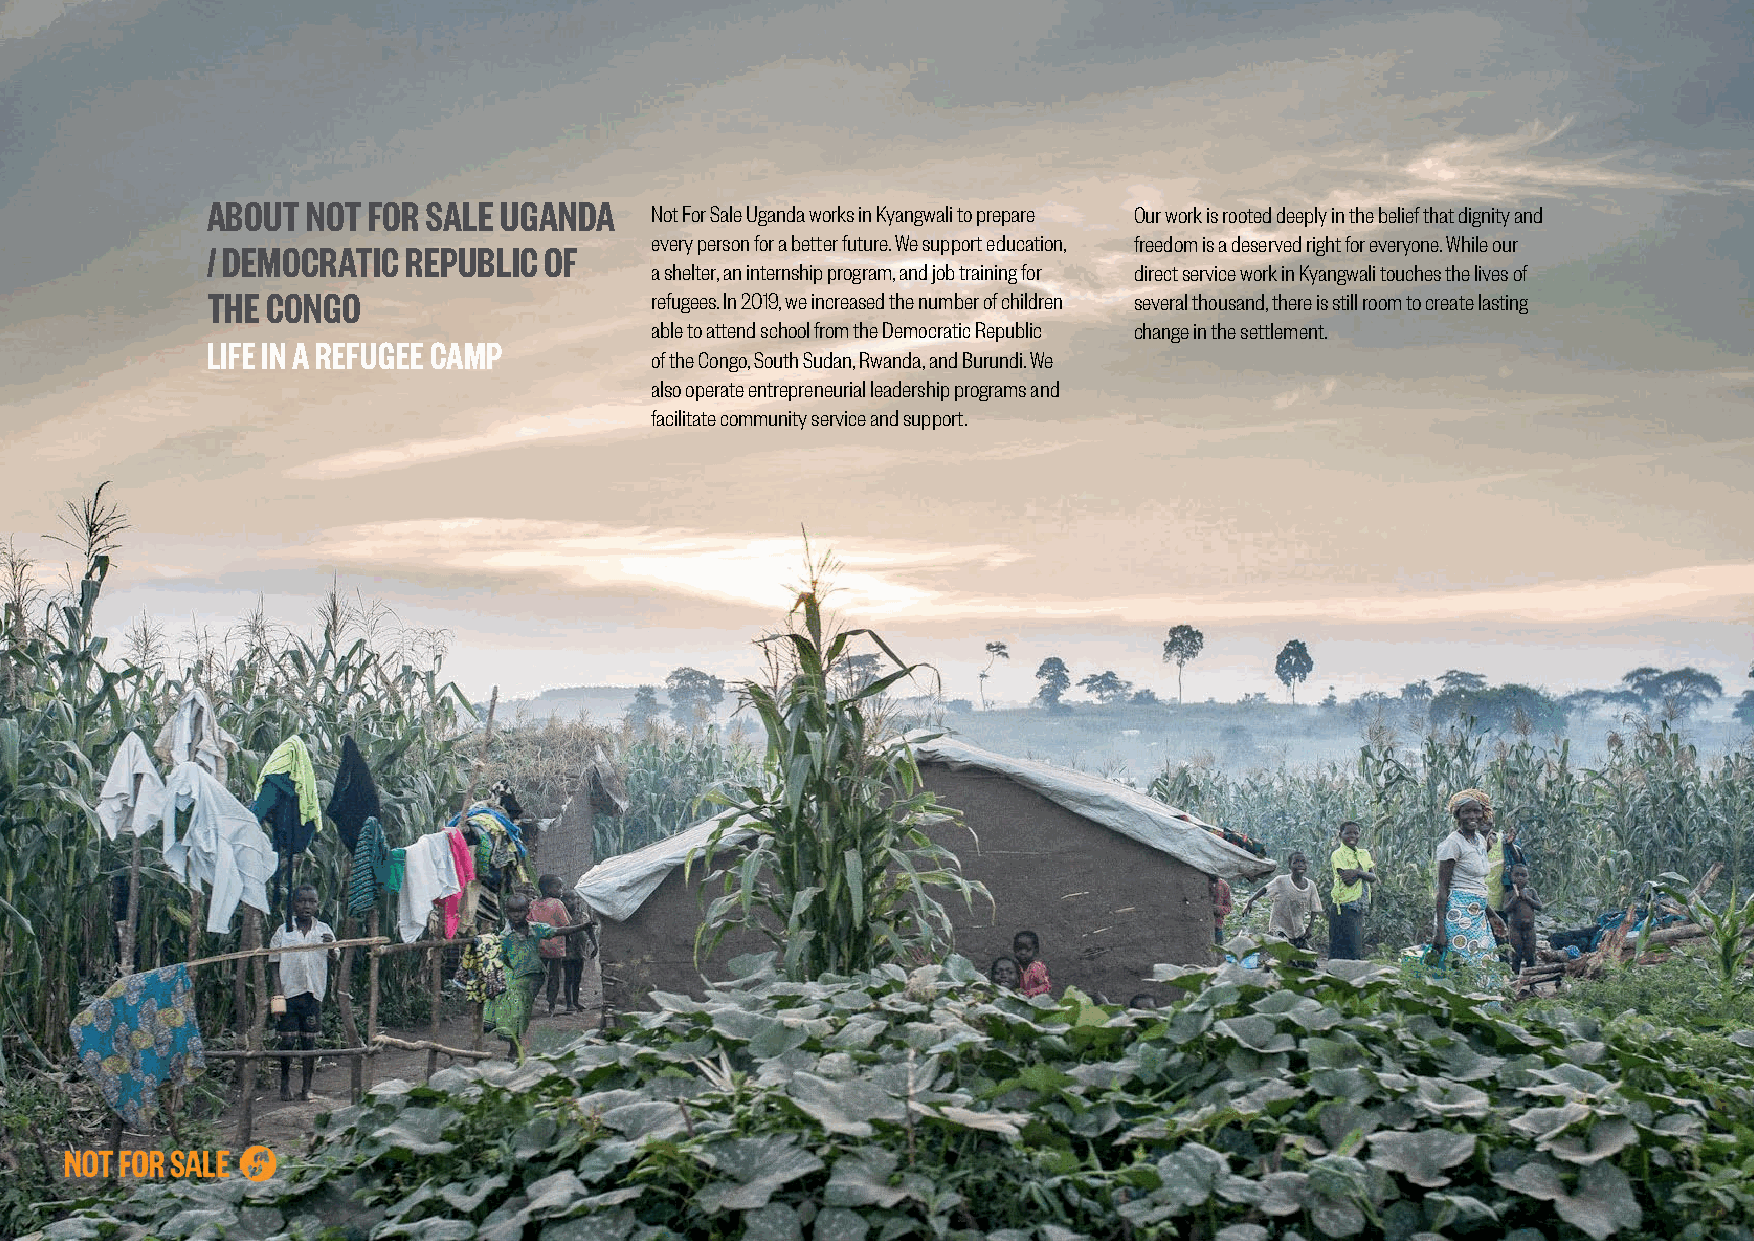
ABOUT NOT FOR SALE UGANDA
 Not For Sale Uganda works in Kyangwali to prepare Our work is rooted deeply in the belief that dignity and
 every person for a better future. We support education, freedom is a deserved right for everyone. While our
 / DEMOCRATIC REPUBLIC OF
 a shelter, an internship program, and job training for direct service work in Kyangwali touches the lives of
 THE CONGO                    refugees. In 2019, we increased the number of children several thousand, there is still room to create lasting
 able to attend school from the Democratic Republic change in the settlement.
 LIFE IN A REFUGEE CAMP
 of the Congo, South Sudan, Rwanda, and Burundi. We
 also operate entrepreneurial leadership programs and
 facilitate community service and support.